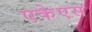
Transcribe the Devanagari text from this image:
एकेएस